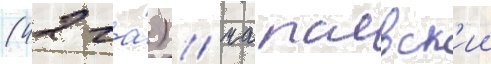
(42 га́) / чапаевск'ии